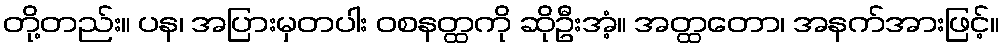
တို့တည်း။ ပန၊ အပြားမှတပါး ဝစနတ္ထကို ဆိုဦးအံ့။ အတ္ထတော၊ အနက်အားဖြင့်။